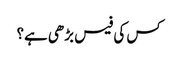
کس کی فیس بڑھی ہے؟